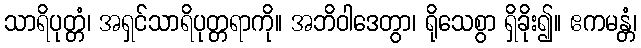
သာရိပုတ္တံ၊ အရှင်သာရိပုတ္တရာကို။ အဘိဝါဒေတွာ၊ ရိုသေစွာ ရှိခိုး၍။ ဧကမန္တံ၊